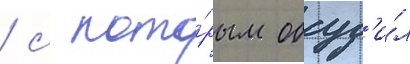
/ с кото́рым обсуд'и́л